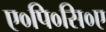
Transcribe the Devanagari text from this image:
ए०पि०सि०ए